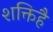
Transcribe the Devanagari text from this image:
शक्तिहै